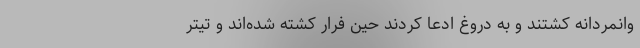
وانمردانه کشتند و به دروغ ادعا کردند حین فرار کشته شده‌اند و تیتر